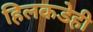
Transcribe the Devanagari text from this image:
हिलकडेही